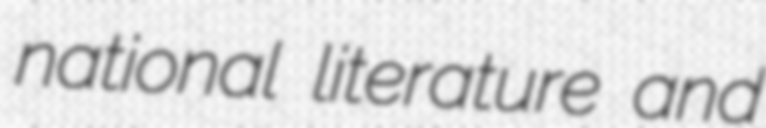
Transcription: national literature and